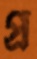
প্র